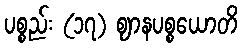
ပစ္စည်း (၁၇) ဈာနပစ္စယောတိ